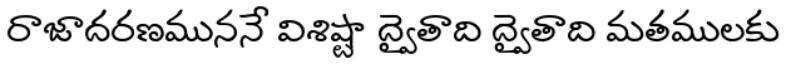
రాజాదరణముననే విశిష్టా ద్వైతాది ద్వైతాది మతములకు